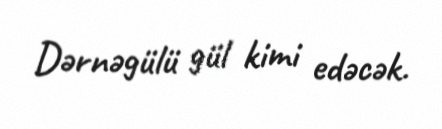
Dərnəgülü gül kimi edəcək.